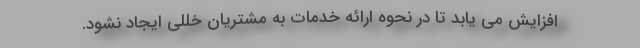
افزایش می یابد تا در نحوه ارائه خدمات به مشتریان خللی ایجاد نشود.